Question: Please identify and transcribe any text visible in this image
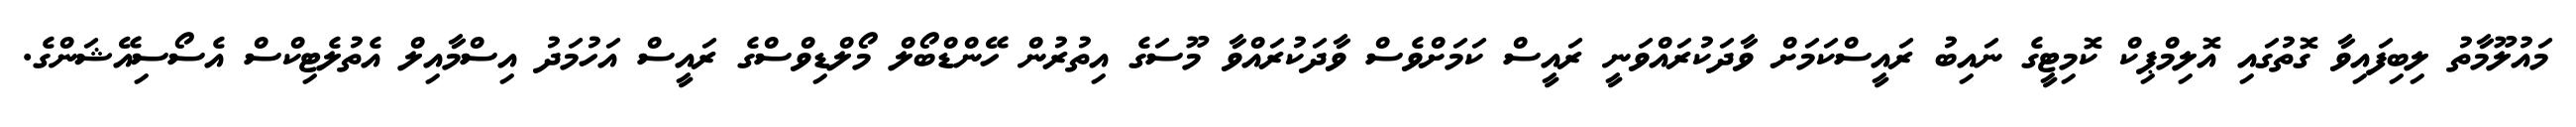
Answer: މައުލޫމާތު ލިބިފައިވާ ގޮތުގައި އޮލިމްޕިކް ކޮމިޓީގެ ނައިބު ރައީސްކަމަށް ވާދަކުރައްވަނީ ރައީސް ކަމަށްވެސް ވާދަކުރައްވާ މޫސަގެ އިތުރުން ހޭންޑްބޯލް މޯލްޑިވްސްގެ ރައީސް އަހުމަދު އިސްމާއިލް އެތުލެޓިކްސް އެސޯސިއޭޝަންގެ.